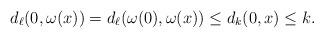
LaTeX: \begin{align*}d_\ell(0, \omega(x)) = d_\ell(\omega(0), \omega(x)) \le d_k(0, x) \le k.\end{align*}